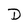
Character: D